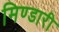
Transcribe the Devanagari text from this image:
मिण्डारी